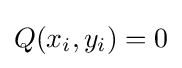
Q(x_{i},y_{i})=0